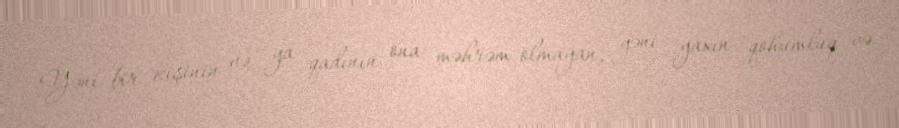
Yəni bir kişinin və ya qadının ona məhrəm olmayan, yəni yaxın qohumluq və